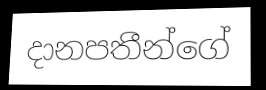
දානපතීන්ගේ